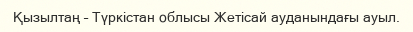
Қызылтаң – Түркістан облысы Жетісай ауданындағы ауыл.